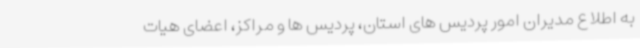
به اطلاع مدیران امور پردیس های استان، پردیس ها و مراکز، اعضای هیات